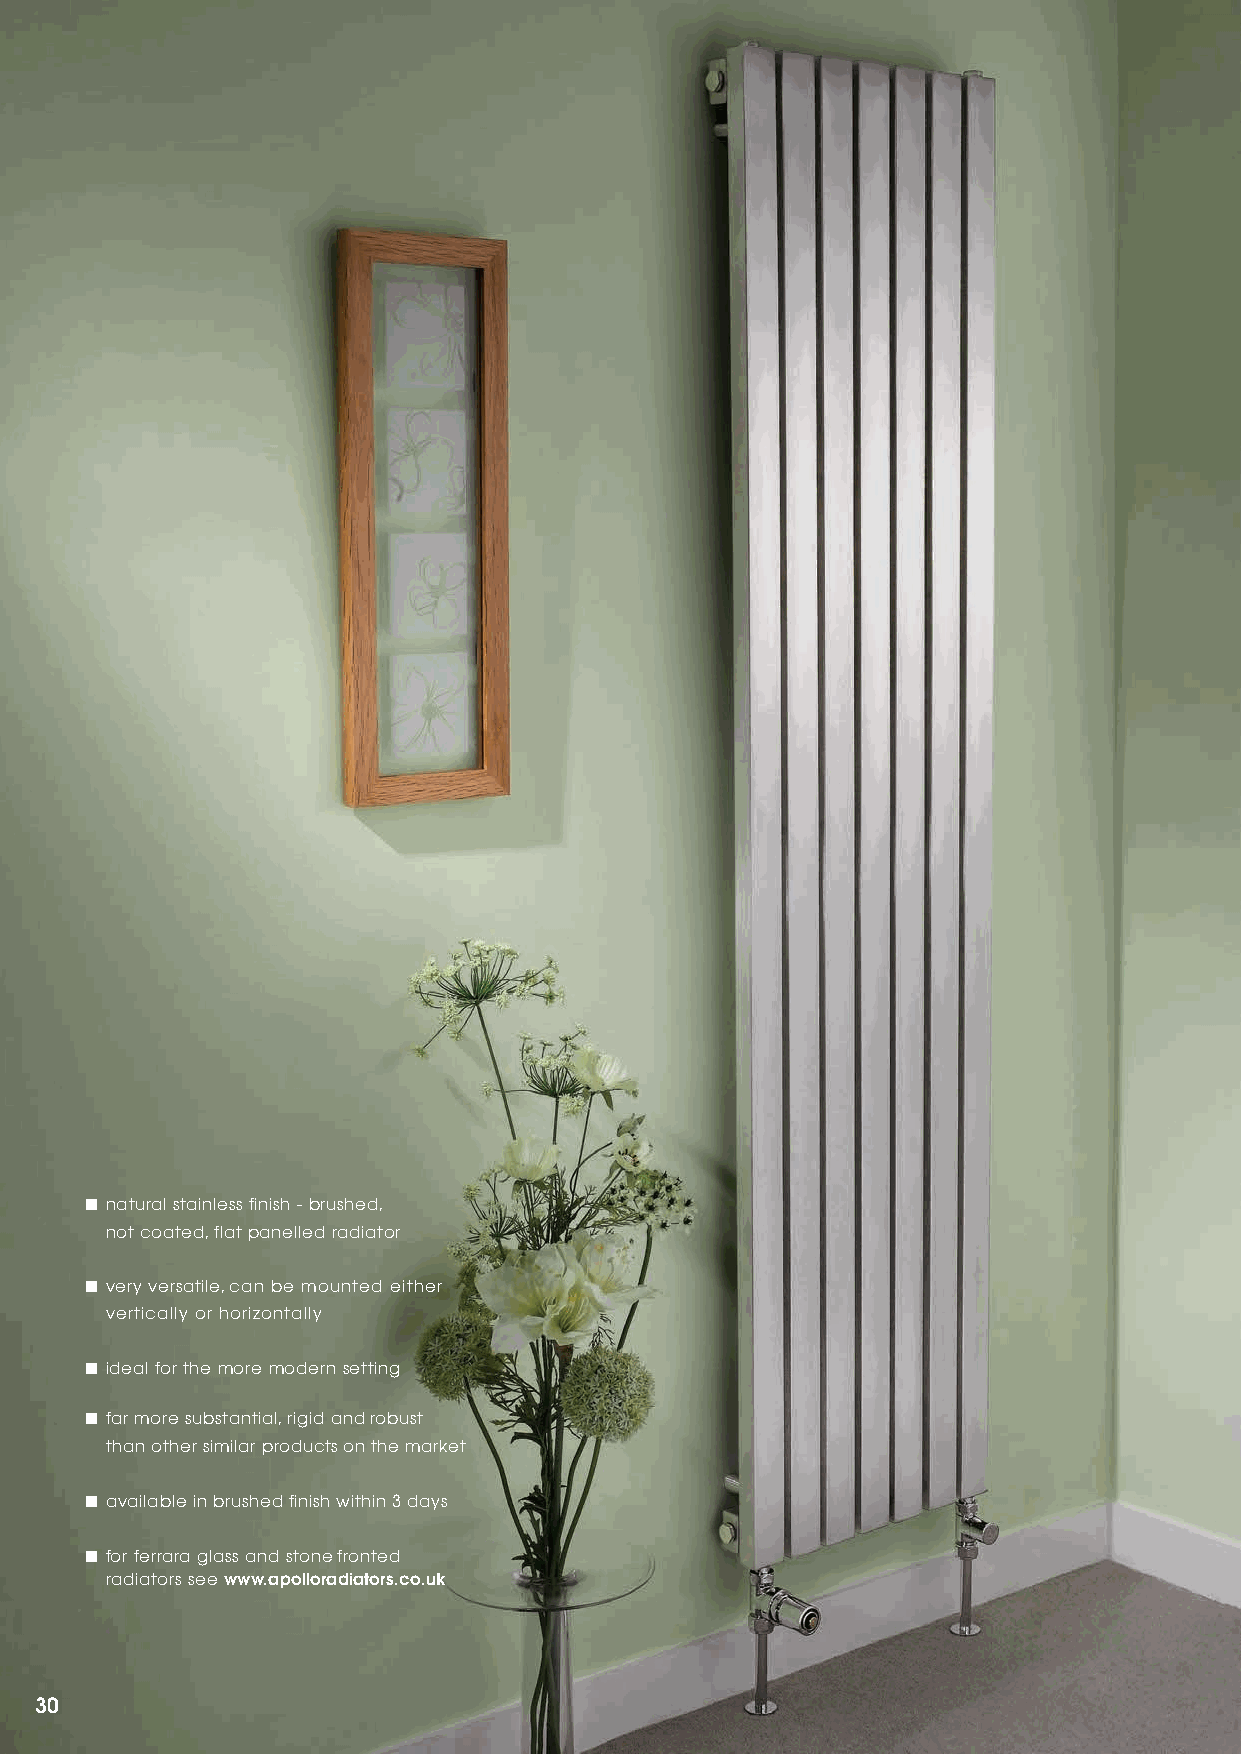
■ natural stainless finish - brushed,
 not coated, flat panelled radiator
 ■ very versatile, can be mounted either
 vertically or horizontally
 ■ ideal for the more modern setting
 ■ far more substantial, rigid and robust
 than other similar products on the market
 ■ available in brushed finish within 3 days
 ■ for ferrara glass and stone fronted
 radiators see www.apolloradiators.co.uk
 30